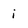
Character: i